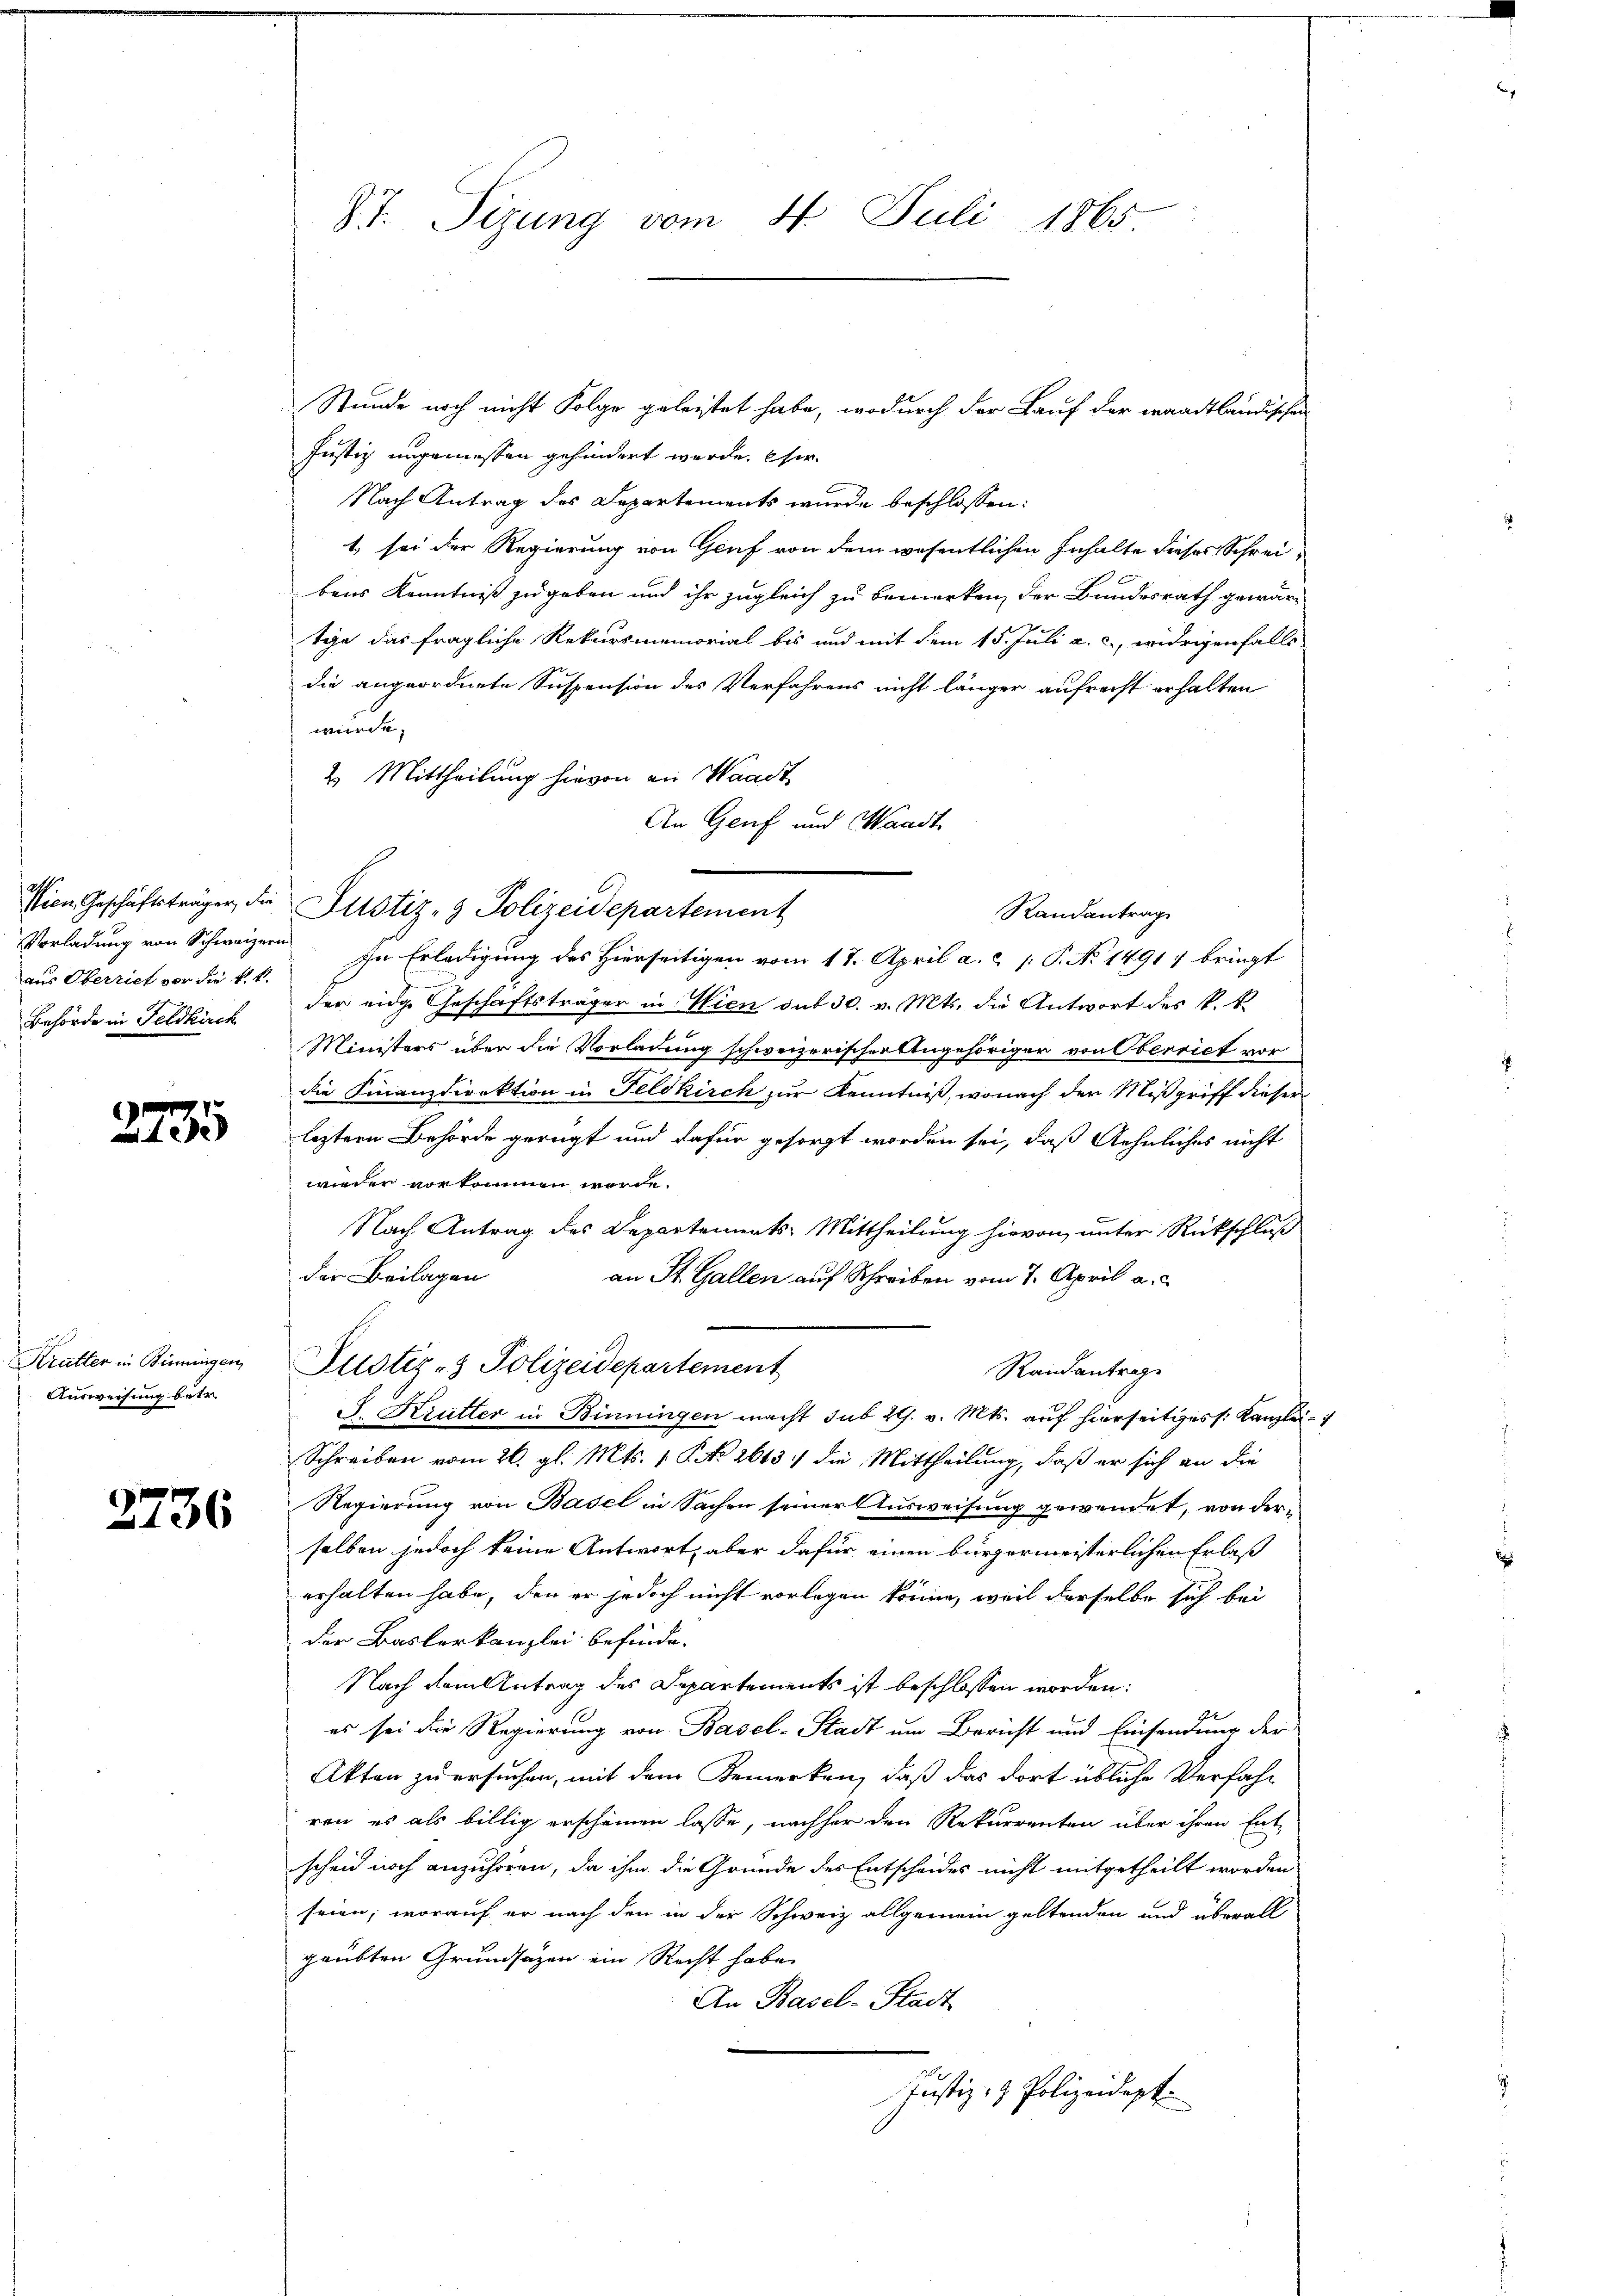
aus Oberrief vor die St

n

Ausweisung betr.

2736

Stunde noch nicht Folge geleistet habe, wodurch der Lauf der waadtländischen
Justiz ungemessen gehindert werde. Eser
Nach Antrag des Departements wurde beschlossen:
t sei der Regierung von Genf von dem wesentlichen Inhalte dieses Schreibens Kenntniß zugeben und ihr zugleich zu bemerken, der Bundesrath gewärtige das fragliche Rekursmemorial bis und mit dem 15. Juli a. c., widrigenfalls
die angeordnete Suspension des Verfahrens nicht länger aufrecht erhalten
würde.
2. Mittheilung hievon an Waadt
An Genf und Waadt
sien Geschäftsträger, die Justiz- & Polizeidepartement
Vorladung von Schweizern In Erledigung des Hierseitigen vom 17. April a. c. 1. P. No 14917 bringt
Behörde in Feldkirch der eige Geschäftsträger in Wien sub 30. v. Mts. die Antwort des k. k.
Ministers über die Vorladung schweizerischer Angehöriger von Oberriet vor
die Finanzdirektion in Feldkirch zur Kenntniß, wonach der Mißgriff dieser
 leztern Behörde gerügt und dafür gesorgt worden sei, daß Aehnliches nicht
wieder vorkommen werde.
Nach Antrag des Departements-Mittheilung hievon, unter Rückschluß
der Beilagen
an St. Gallen auf Schreiben vom 7. April a.c.
Kratter in Biningen Allotiz & Polizeidepartement
Randantrage
J. Krutter in Binningen macht sub 29. v. Mts. auf hierseitiges [Kanzlei¬
Schreiben vom 26. gl. Mts. 1 P. Nr. 26137 die Mittheilung, daß er sich an die
Regierung von Basel in Sachen seiner Ausweisung gewendet, von der
selben jedoch keine Antwort, aber dafür einen bürgermeisterlichen Erlaß
erhalten habe, den er jedoch nicht vorlegen könne, weil derselbe sich bei
der Baslerkanzlei befinde.
Nach dem Antrag des Departements ist beschlossen worden:
14
es sei die Regierung von Basel-Stadt um Bericht und Einsendung der
Akten zu ersuchen, mit dem Bemerken, daß das dort übliche Verfahren es als billig erscheinen lasse, nachher den Rekurrenten über ihren Ent-
scheid noch anzuhören, da ihm die Gründe des Entscheides nicht mitgetheilt worden
seien, worauf er nach den in der Schweiz allgemein geltenden und überall
gaubten Grundsätzen ein Recht habe
An Basel-Stadt
Justiz- & Polizeidept.

8t. Sizung vom 4. Juli 1865.

Randantrage

1